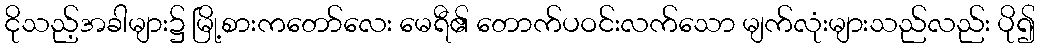
ငိုသည့်အခါများ၌ မြို့စားကတော်လေး မေရီ၏ တောက်ပဝင်းလက်သော မျက်လုံးများသည်လည်း ပို၍